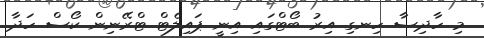
މި ހާދިސާ ހިނގި އިރު ބޯޓްގައި އިނީ ޕައިލެޓް ޓްރޭނިން ކޯސް ހަދާ